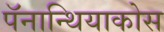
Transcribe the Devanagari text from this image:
पॅनान्थियाकोस